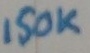
Text: 150K